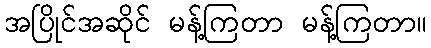
အပြိုင်အဆိုင် မန့်ကြတာ မန့်ကြတာ။